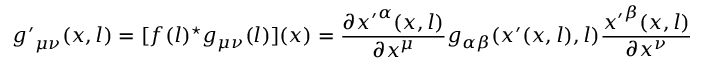
{ g ^ { \prime } } _ { \mu \nu } ( x , l ) = [ f ( l ) ^ { \star } g _ { \mu \nu } ( l ) ] ( x ) = \frac { \partial { x ^ { \prime } } ^ { \alpha } ( x , l ) } { \partial x ^ { \mu } } g _ { \alpha \beta } ( x ^ { \prime } ( x , l ) , l ) \frac { { x ^ { \prime } } ^ { \beta } ( x , l ) } { \partial x ^ { \nu } }